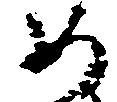
如